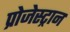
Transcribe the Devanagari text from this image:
प्रोजेस्ट्रान